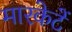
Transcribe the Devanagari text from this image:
मारकेटें